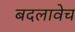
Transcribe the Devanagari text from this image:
बदलावेच